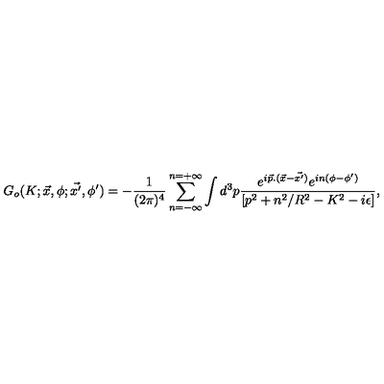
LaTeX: G _ { o } ( K ; \vec { x } , \phi ; \vec { x ^ { \prime } } , \phi ^ { \prime } ) = - \frac { 1 } { ( 2 \pi ) ^ { 4 } } \sum _ { n = - \infty } ^ { n = + \infty } \int d ^ { 3 } p \frac { e ^ { i \vec { p } . ( \vec { x } - \vec { x ^ { \prime } } ) } e ^ { i n ( \phi - \phi ^ { \prime } ) } } { [ p ^ { 2 } + n ^ { 2 } / R ^ { 2 } - K ^ { 2 } - i \epsilon ] } ,